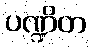
ပဏ္ဍိတ